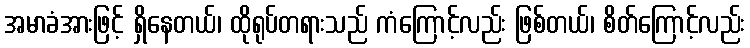
အမာခံအားဖြင့် ရှိနေတယ်၊ ထိုရုပ်တရားသည် ကံကြောင့်လည်း ဖြစ်တယ်၊ စိတ်ကြောင့်လည်း